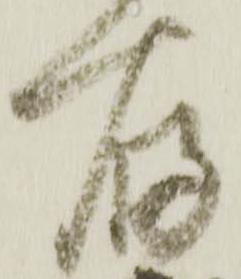
存